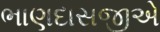
ભાણદાસજીએ